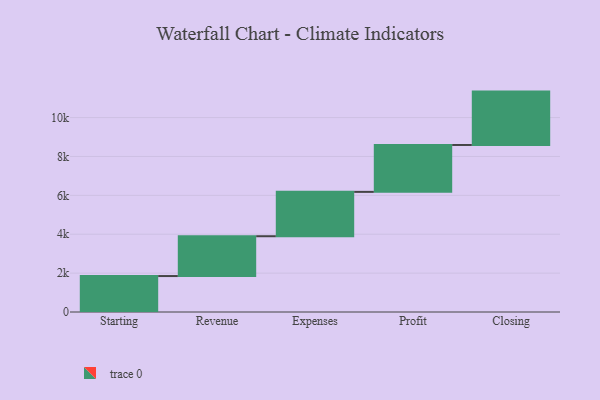
{"axis": {"x": "Step", "y": "Value"}, "legend": [""], "data": [{"x": "Starting", "y": 1849.0, "type": ""}, {"x": "Revenue", "y": 2048.0, "type": ""}, {"x": "Expenses", "y": 2281.0, "type": ""}, {"x": "Profit", "y": 2412.0, "type": ""}, {"x": "Closing", "y": 2745.0, "type": ""}]}